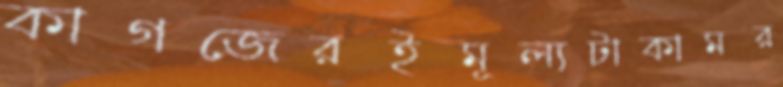
কাগজেরইমূল্যটাকামর